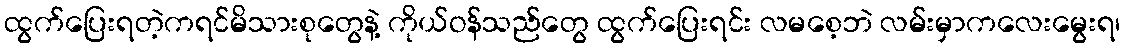
ထွက်ပြေးရတဲ့ကရင်မိသားစုတွေနဲ့ ကိုယ်ဝန်သည်တွေ ထွက်ပြေးရင်း လမစေ့ဘဲ လမ်းမှာကလေးမွေးရ၊